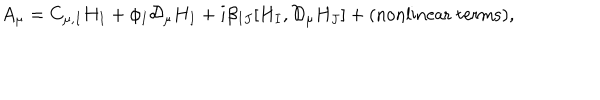
LaTeX: A _ { \mu } = C _ { \mu , I } H _ { I } + \phi _ { I } { \mathcal D } _ { \mu } H _ { I } + i \beta _ { I J } [ H _ { I } , { \mathcal D } _ { \mu } H _ { J } ] + \mathrm { ( n o n l i n e a r ~ t e r m s ) } ,